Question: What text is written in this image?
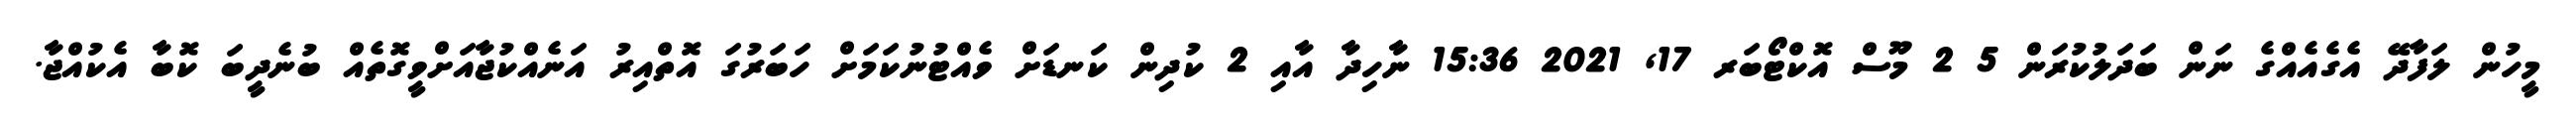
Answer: މީހުން ލަފާދޭ އެގެއެއްގެ ނަން ބަދަލުކުރަން 5 2 މޫސް އޮކްޓޯބަރ 17, 2021 15:36 ނާހިދާ އާއި 2 ކުދިން ކަނޑަށް ވެއްޓުނުކަމަށް ހަބަރުގަ އޮތްއިރު އަނެއްކުޖާއަށްވީގޮތެއް ބުނެދީބަ ކޮބާ އެކުއްޖާ.